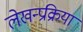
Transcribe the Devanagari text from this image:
लेखन्प्रक्रिया